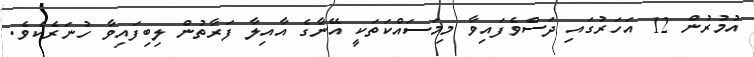
އުމުރުން 12 އަހަރުގައި ދަސްވެފައިވާ މިމަސައްކަތަކީ އޭނާގެ އާއިލާ ފަރާތުން ލިބިފައިވާ ހުނަރެކެވެ.